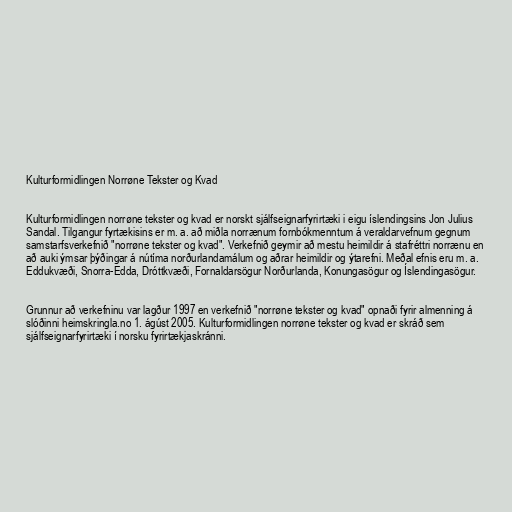
Kulturformidlingen Norrøne Tekster og Kvad

Kulturformidlingen norrøne tekster og kvad er norskt sjálfseignarfyrirtæki i eigu íslendingsins Jon Julius
Sandal. Tilgangur fyrtækisins er m. a. að miðla norrænum fornbókmenntum á veraldarvefnum gegnum
samstarfsverkefnið "norrøne tekster og kvad". Verkefnið geymir að mestu heimildir á stafréttri norrænu en
að auki ýmsar þýðingar á nútíma norðurlandamálum og aðrar heimildir og ýtarefni. Meðal efnis eru m. a.
Eddukvæði, Snorra-Edda, Dróttkvæði, Fornaldarsögur Norðurlanda, Konungasögur og Íslendingasögur.

Grunnur að verkefninu var lagður 1997 en verkefnið "norrøne tekster og kvad" opnaði fyrir almenning á
slóðinni heimskringla.no 1. ágúst 2005. Kulturformidlingen norrøne tekster og kvad er skráð sem
sjálfseignarfyrirtæki í norsku fyrirtækjaskránni.